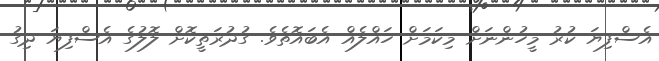
އެސްފިޔަ ކުރު މީހުންނަށް މިކަމަށް ހައްލެއް އެބައޮތެވެ. ގުދުރަތީކޮށް ލޮލުގެ އެސްފިޔަ ދިގު